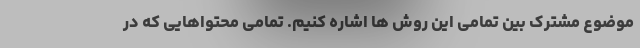
موضوع مشترک بین تمامی این روش ها اشاره کنیم. تمامی محتواهایی که در